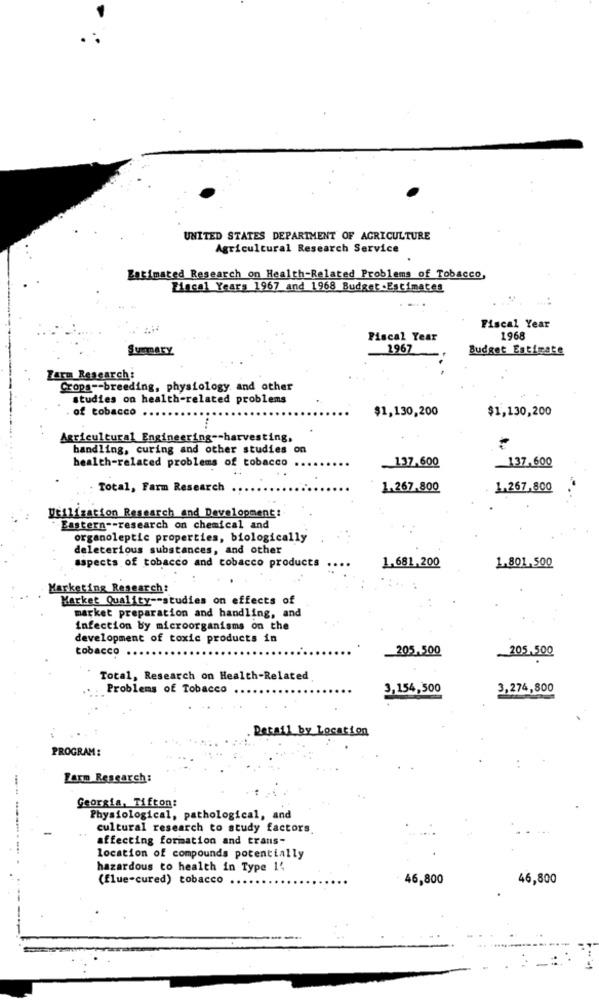
UNITED STATES DEPARTMENT OF AGRICULTURE
Agricultural Research Service
Batimated Research on Health-Related Problems of Tobacco,
Fiscal Years 1967 and 1968 Budget .Estimates
Fiscal Year
Fiscal Year
1968
Summary
1967
Budget Estimate
Zarm Research:
Crops -- breeding, physiology and other
studies on health-related problems
of tobacco ..
$1,130,200
$1,130,200
Agricultural Engineering -- harvesting,
handling, curing and other studies on
health-related problems of tobacco
.137.600
-137.600
Total, Farm Research
1.267.800
1.267,800
Utilization Research and Development:
Eastern -- research on chemical and
organoleptic properties, biologically
deleterious substances, and other
aspects of tobacco and tobacco products
1.681,200
1.801,500
Marketing Research:
Market Quality -- studies on effects of
market preparation and handling, and
infection by microorganisms on the
development of toxic products in
tobacco
205.500
205.500
Total, Research on Health-Related
Problems of Tobacco ..
3,154,500
3,274,800
Detail by Location
PROGRAM:
Farm Research:
Georgia, Tifton:
Physiological, pathological, and
cultural research to study factors.
affecting formation and trans-
location of compounds potentially
hazardous to health in Type 1'
(flue-cured) tobacco ..
46,800
46,800